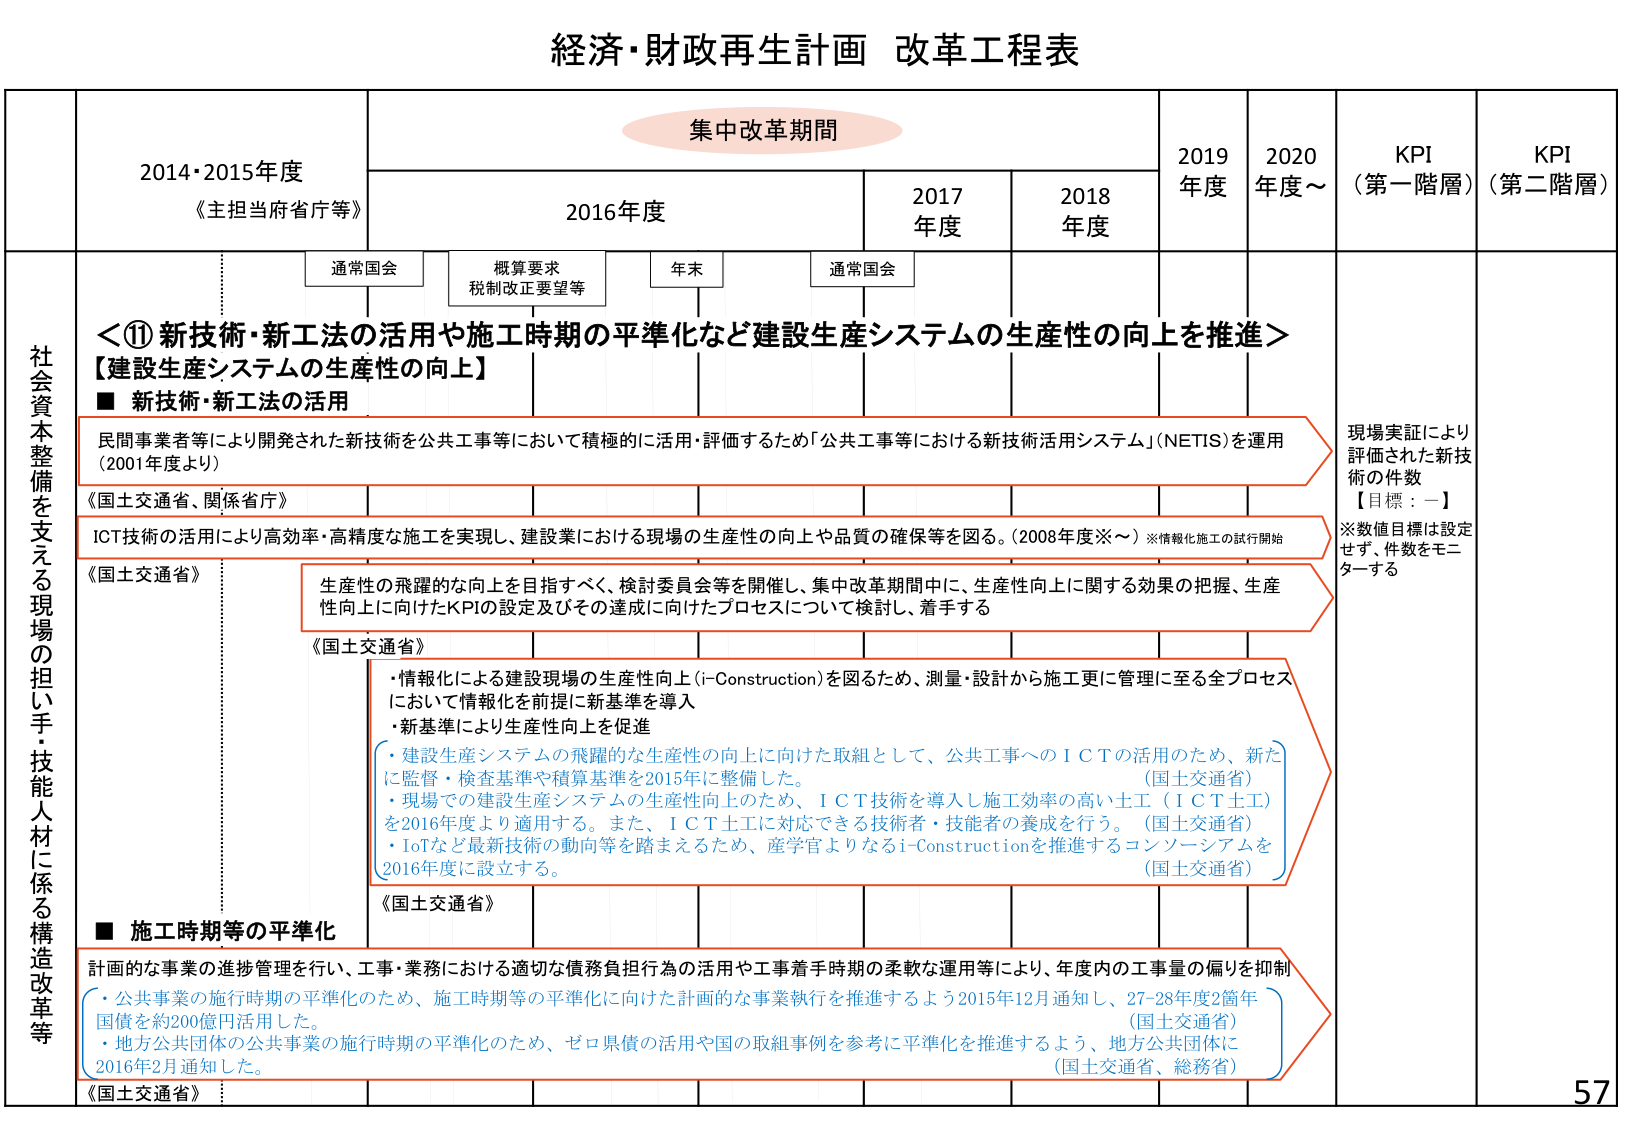
経済・財政再生計画 改革工程表

集中改革期間

2014・2015年度
《主担当府省庁等》

2016年度

2017年度

2018年度

2019年度

2020年度～

KPI
（第一階層）

KPI
（第二階層）

通常国会

概算要求
税制改正要望等

年末

通常国会

社会資本整備を支える現場の担い手・技能人材に係る構造改革等

＜⑪ 新技術・新工法の活用や施工時期の平準化など建設生産システムの生産性の向上を推進＞
【建設生産システムの生産性の向上】

■ 新技術・新工法の活用

民間事業者等により開発された新技術を公共工事等において積極的に活用・評価するため「公共工事等における新技術活用システム」（NETIS）を運用
（2001年度より）

《国土交通省、関係省庁》

ICT技術の活用により高効率・高精度な施工を実現し、建設業における現場の生産性の向上や品質の確保等を図る。（2008年度※～）※情報化施工の試行開始

《国土交通省》

生産性の飛躍的な向上を目指すべく、検討委員会等を開催し、集中改革期間中に、生産性向上に関する効果の把握、生産性向上に向けたKPIの設定及びその達成に向けたプロセスについて検討し、着手する

《国土交通省》

・情報化による建設現場の生産性向上（i-Construction）を図るため、測量・設計から施工更に管理に至る全プロセスにおいて情報化を前提に新基準を導入
・新基準により生産性向上を促進

・建設生産システムの飛躍的な生産性の向上に向けた取組として、公共工事へのＩＣＴの活用のため、新たに監督・検査基準や積算基準を2015年に整備した。 （国土交通省）
・現場での建設生産システムの生産性向上のため、ＩＣＴ技術を導入し施工効率の高い土工（ＩＣＴ土工）を2016年度より適用する。また、ＩＣＴ土工に対応できる技術者・技能者の養成を行う。 （国土交通省）
・IoTなど最新技術の動向等を踏まえるため、産学官よりなるi-Constructionを推進するコンソーシアムを2016年度に設立する。 （国土交通省）

■ 施工時期等の平準化

計画的な事業の進捗管理を行い、工事・業務における適切な債務負担行為の活用や工事着手時期の柔軟な運用等により、年度内の工事量の偏りを抑制

・公共事業の施行時期の平準化のため、施工時期等の平準化に向けた計画的な事業執行を推進するよう2015年12月通知し、27-28年度2箇年国債を約200億円活用した。 （国土交通省）
・地方公共団体の公共事業の施行時期の平準化のため、ゼロ県債の活用や国の取組事例を参考に平準化を推進するよう、地方公共団体に2016年2月通知した。 （国土交通省、総務省）

《国土交通省》

現場実証により評価された新技術の件数
【目標：一】
※数値目標は設定せず、件数をモニターする

57